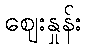
ဈေးနှုန်း